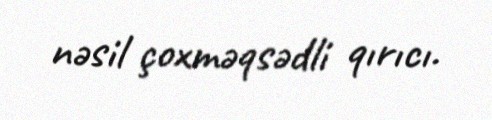
nəsil çoxməqsədli qırıcı.